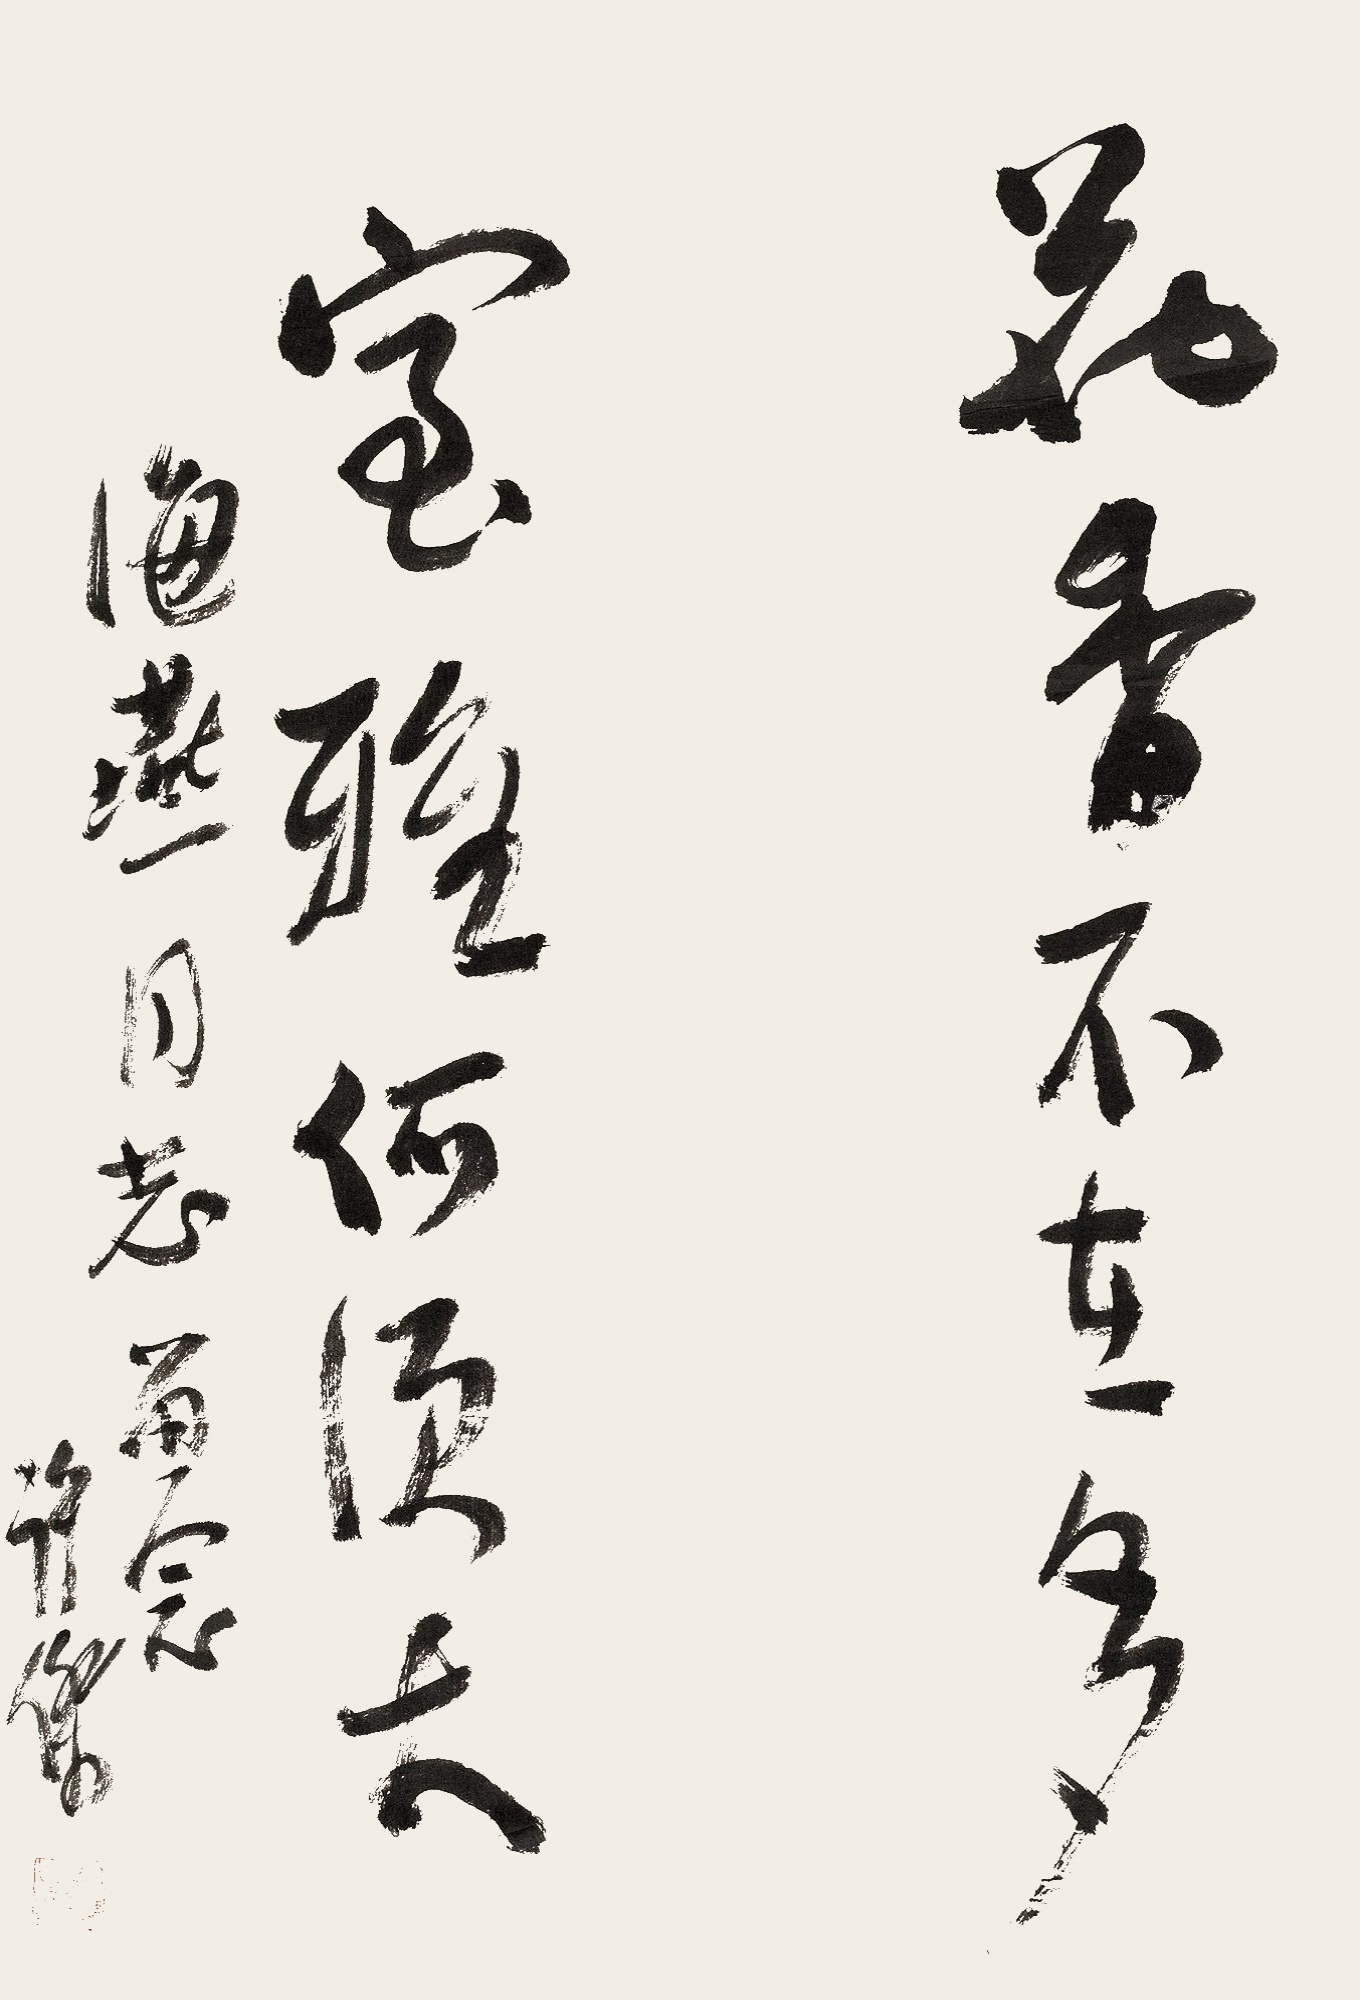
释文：花香不在多，室雅何须大。海燕同志留念，许杰。